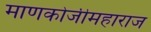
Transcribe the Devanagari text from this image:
माणकोजीमहाराज